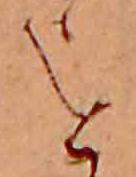
を